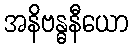
အနိဗန္ဓနီယော